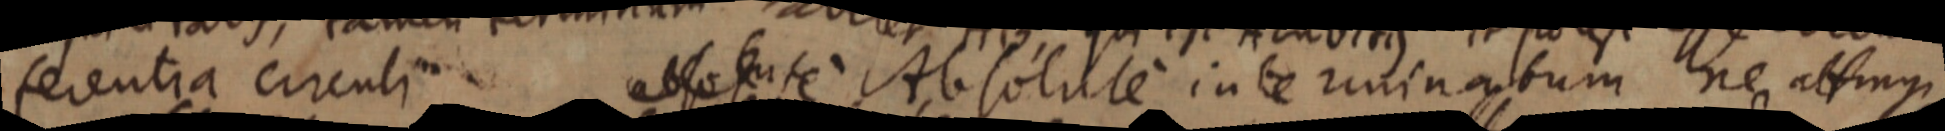
ferentia circuli absolute Absolute interminatum ne attingi